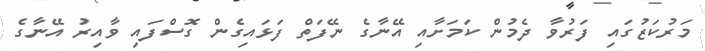
މަރުކަޒުގައި ފަރުވާ ދެމުން ކަމަށާއި އޭނާގެ ނޭފަތް ފަޅައިގެން ގޮސްފައި ވާއިރު އޭނާގެ